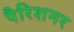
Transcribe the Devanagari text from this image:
पैरिशनर